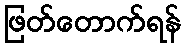
ဖြတ်တောက်ရန်